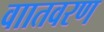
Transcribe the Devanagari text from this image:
वाातवरण